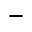
-